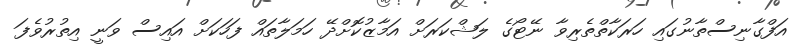
އަފްގާނިސްތާނުގައި ހަރަކާތްތެރިވާ ނޭޓޯގެ ލަޝްކަރަށް އަމާޒުކޮށްދޭ ހަމަލާތައް ފަހަކަށް އައިސް ވަނީ އިތުރުވެފަ